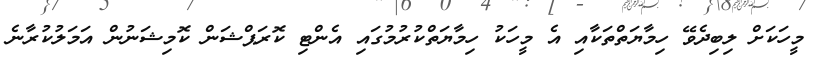
މީހަކަށް ލިބިދެވޭ ހިމާޔަތްތަކާއި އެ މީހަކު ހިމާޔަތްކުރުމުގައި އެންޓި ކޮރަޕްޝަން ކޮމިޝަނުން އަމަލުކުރާނެ